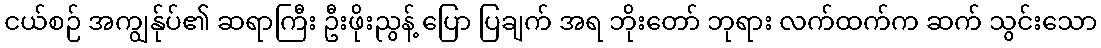
ငယ်စဉ် အကျွန်ုပ်၏ ဆရာကြီး ဦးဖိုးညွန့် ပြော ပြချက် အရ ဘိုးတော် ဘုရား လက်ထက်က ဆက် သွင်းသော